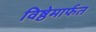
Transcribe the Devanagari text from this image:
विष्ठेमार्फत